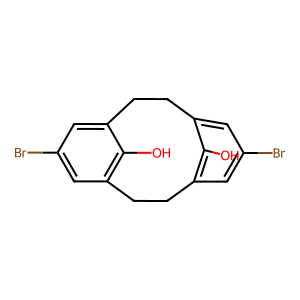
SMILES: Oc1c2cc(Br)cc1CCc1cc(Br)cc(c1O)CC2
Inhibits HIV replication: No